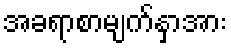
အခရာစာမျက်နှာအား